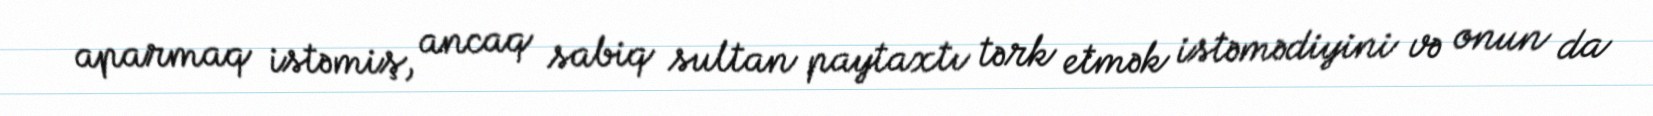
aparmaq istəmiş, ancaq sabiq sultan paytaxtı tərk etmək istəmədiyini və onun da